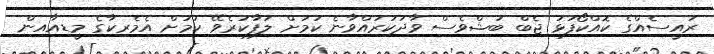
ރައީސެއްގެ ކޮއްކޯފުޅު ޖެބް ބުޝްވެސް ވާދަކުރައްވާނެ ކަމަށް ލަފާކުރެވޭ ކަމަށް އެމެރިކާގެ މީޑިއާއިން